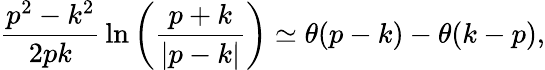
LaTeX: {\frac{p^{2}-k^{2}}{2pk}}\ln\left({\frac{p+k}{\left|p-k\right|}}\right)\simeq\theta(p-k)-\theta(k-p),